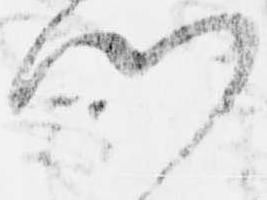
門